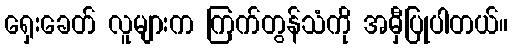
ရှေးခေတ် လူများက ကြက်တွန်သံကို အမှီပြုပါတယ်။